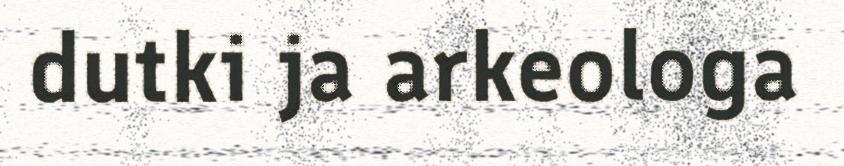
dutki ja arkeologa